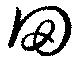
网